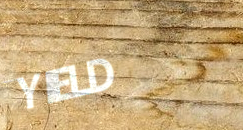
YIELD